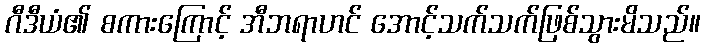
ဂီဒီယံ၏ စကားကြောင့် အီဘရာဟင် အောင့်သက်သက်ဖြစ်သွားမိသည်။